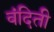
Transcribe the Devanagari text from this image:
वंदिती